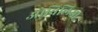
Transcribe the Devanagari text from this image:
ओबिलिया